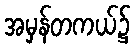
အမှန်တကယ်၌